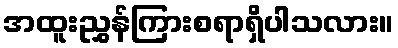
အထူးညွှန်ကြားစရာရှိပါသလား။